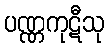
ပဏ္ဏကုဋီသု